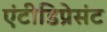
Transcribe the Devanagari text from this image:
एंटीडिप्रेसंट